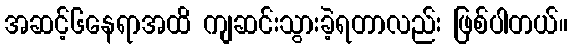
အဆင့်၆နေရာအထိ ကျဆင်းသွားခဲ့ရတာလည်း ဖြစ်ပါတယ်။